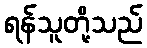
ရန်သူတို့သည်